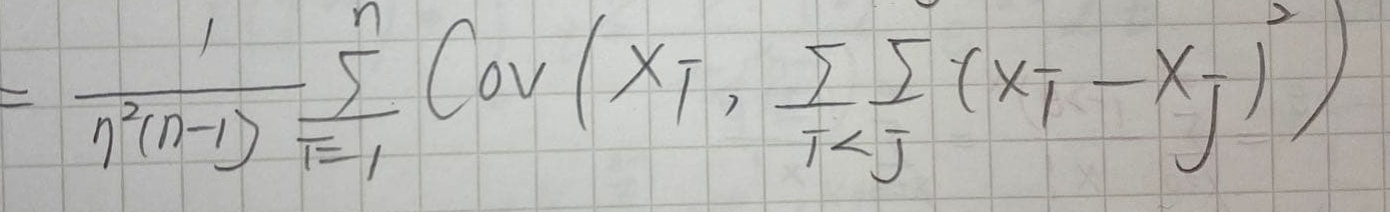
\[=\frac{1}{n^{2}(n - 1)}\sum_{i = 1}^{n}\mathrm{Cov}\left(X_{i},\sum_{i<j}\sum(X_{i}-X_{j})\right)\]